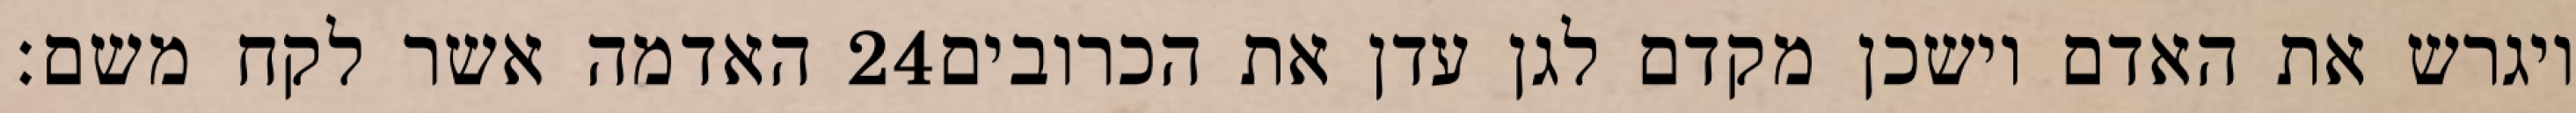
האדמה אשר לקח משם׃ ‎24‏ ויגרש את האדם וישכן מקדם לגן עדן את הכרובים